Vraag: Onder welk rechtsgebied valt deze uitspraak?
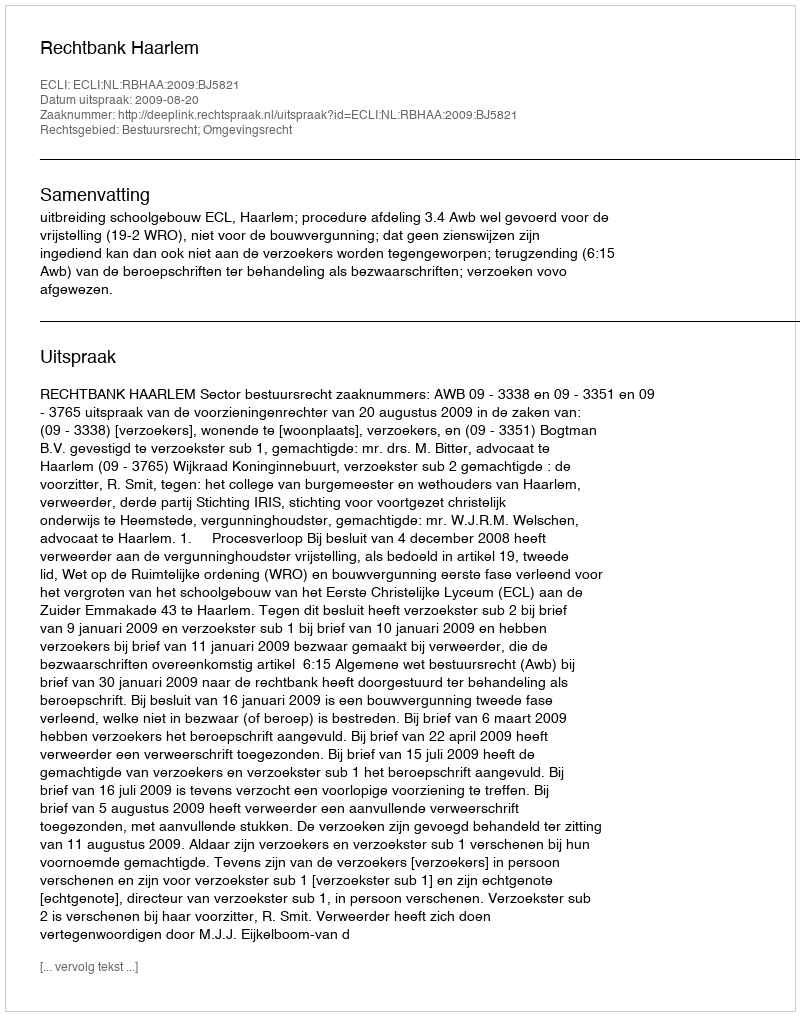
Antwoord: Bestuursrecht; Omgevingsrecht